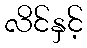
လိင်နှင့်